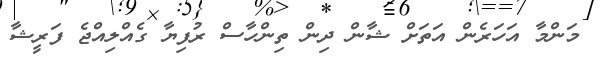
މަންމާ އަހަރެން އަތަށް ޝާން ދިން ތިންހާސް ރުފިޔާ ގެއްލިއްޖެ ފަރީޝާ